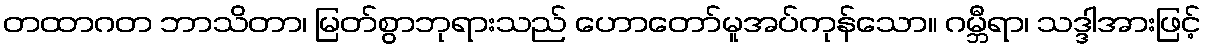
တထာဂတ ဘာသိတာ၊ မြတ်စွာဘုရားသည် ဟောတော်မူအပ်ကုန်သော။ ဂမ္ဘီရာ၊ သဒ္ဒါအားဖြင့်